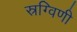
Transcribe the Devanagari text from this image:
स्रग्विणी